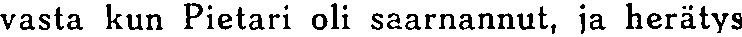
vasta kun Pietari oli saarnannut, ja herätys